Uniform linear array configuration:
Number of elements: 16
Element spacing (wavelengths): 0.75
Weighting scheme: kaiser
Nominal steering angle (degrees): -60
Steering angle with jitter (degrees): -61.17
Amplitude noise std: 0.05
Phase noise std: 0.05

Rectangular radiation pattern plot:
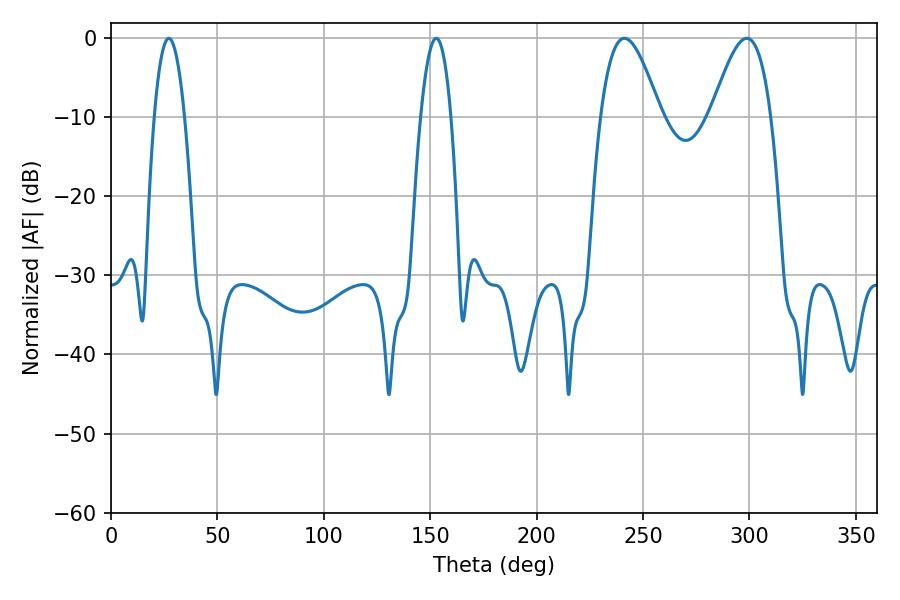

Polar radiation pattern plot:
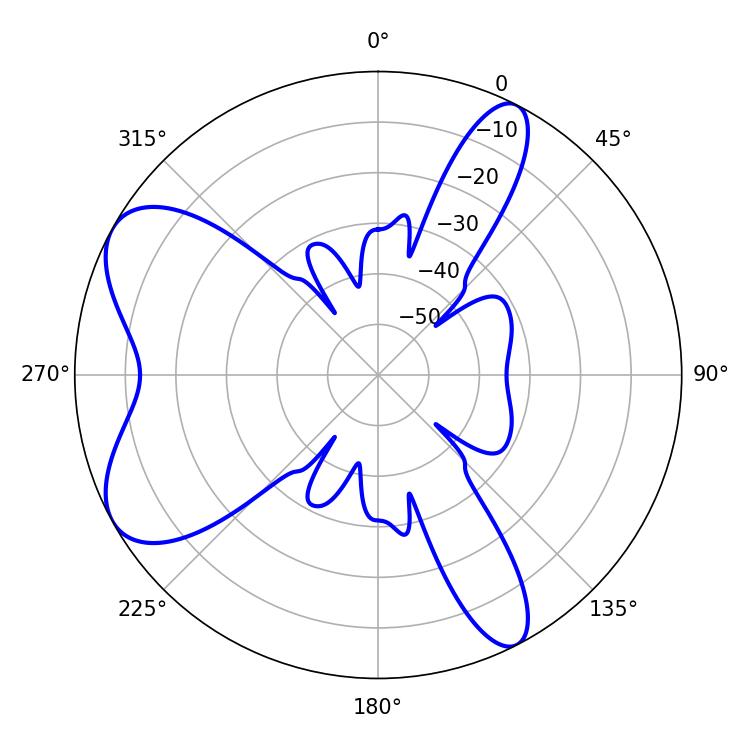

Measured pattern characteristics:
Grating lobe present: TRUE
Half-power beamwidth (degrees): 7.74
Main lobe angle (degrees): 27.18